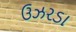
ઉઝરડા